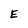
Character: E